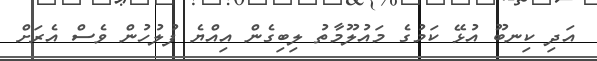
އަދި ކިނބޫ އުޅޭ ކަމުގެ މައުލޫމާތު ލިބިގެން އިއްޔެ ފުލުހުން ވެސް އެރަށް